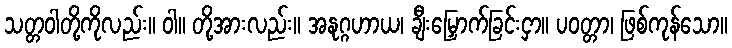
သတ္တဝါတို့ကိုလည်း။ ဝါ။ တို့အားလည်း။ အနုဂ္ဂဟာယ၊ ချီးမြှောက်ခြင်းငှာ။ ပဝတ္တာ၊ ဖြစ်ကုန်သော။